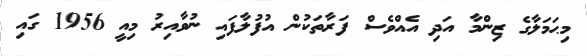
މިޙަމަލާގެ ޒިންމާ އަދި އެއްވެސް ފަރާތަކުން އުފުލާފައި ނުވާއިރު މިއީ 1956 ގައި